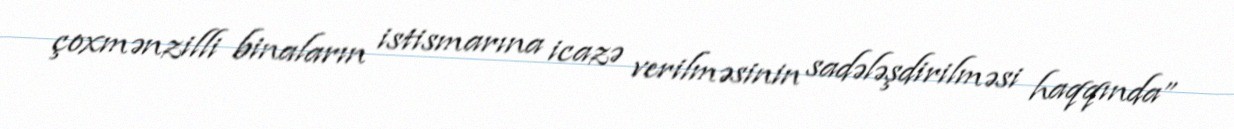
çoxmənzilli binaların istismarına icazə verilməsinin sadələşdirilməsi haqqında”